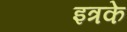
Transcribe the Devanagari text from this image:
इत्रके